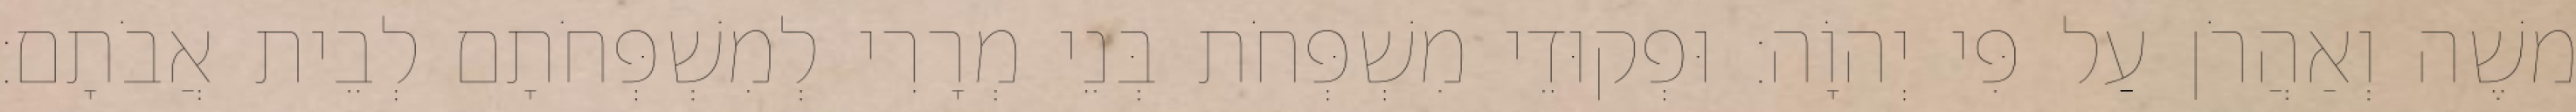
משֶׁה וְאַהֲרֹן עַל פִּי יְהוָֹה׃ וּפְקוּדֵי מִשְׁפְּחֹת בְּנֵי מְרָרִי לְמִשְׁפְּחֹתָם לְבֵית אֲבֹתָם׃